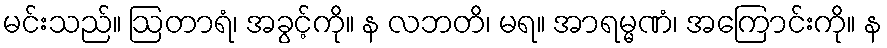
မင်းသည်။ ဩတာရံ၊ အခွင့်ကို။ န လဘတိ၊ မရ။ အာရမ္မဏံ၊ အကြောင်းကို။ န